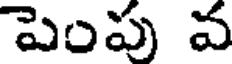
పెంపు వ